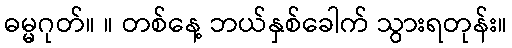
ဓမ္မဂုတ်။ ။ တစ်နေ့ ဘယ်နှစ်ခေါက် သွားရတုန်း။